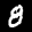
Label: 8